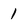
Character: 1